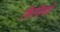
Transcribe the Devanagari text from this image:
फ़िज़िको